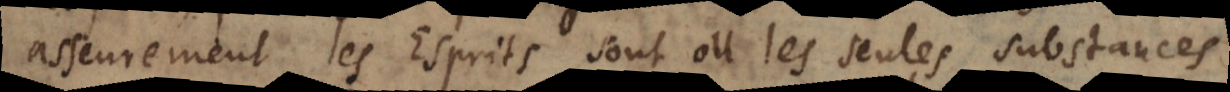
asseurement les Esprits sont ou les seules substances